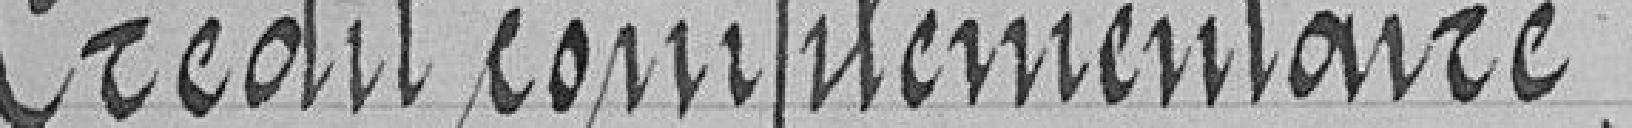
Crédit complémentaire